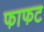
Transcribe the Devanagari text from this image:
फाफट